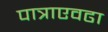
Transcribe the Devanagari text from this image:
पात्राएवढा